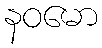
နဝမော